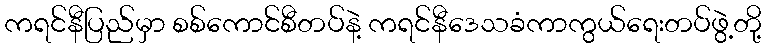
ကရင်နီပြည်မှာ စစ်ကောင်စီတပ်နဲ့ ကရင်နီဒေသခံကာကွယ်ရေးတပ်ဖွဲ့တို့